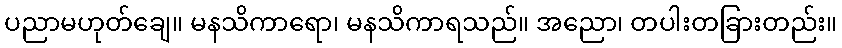
ပညာမဟုတ်ချေ။ မနသိကာရော၊ မနသိကာရသည်။ အညော၊ တပါးတခြားတည်း။